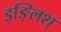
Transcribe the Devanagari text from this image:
इङ्लिश्